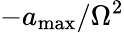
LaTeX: -a_{\mathrm{max}}/\Omega^{2}